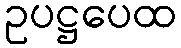
ဥပဋ္ဌပေထ